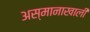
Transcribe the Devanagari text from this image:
अस्मानाखाली